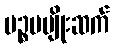
ပဉ္စမမျိုးဆက်